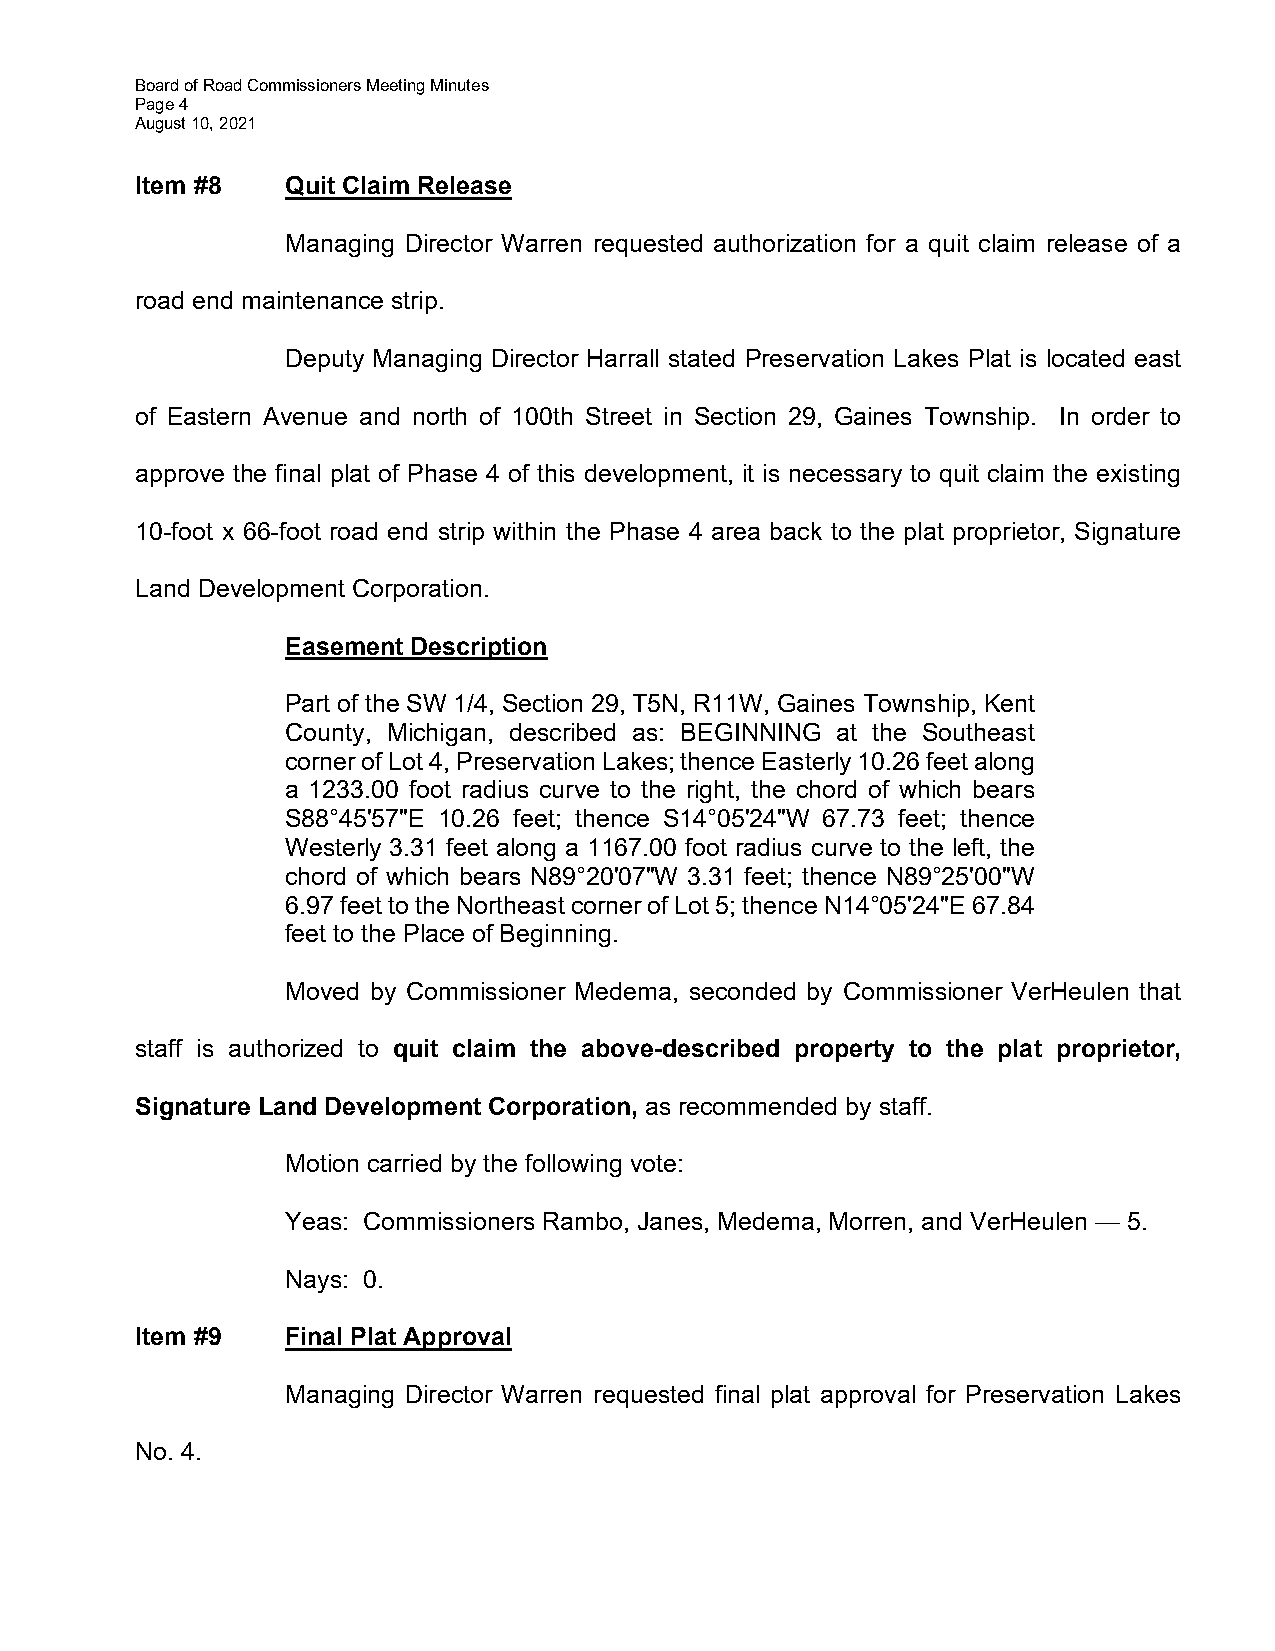
Board of Road Commissioners Meeting Minutes
 Page 4
 August 10, 2021
 Item #8   Quit Claim Release
 Managing Director Warren requested authorization for a quit claim release of a
 road end maintenance strip.
 Deputy Managing Director Harrall stated Preservation Lakes Plat is located east
 of Eastern Avenue and north of 100th Street in Section 29, Gaines Township. In order to
 approve the final plat of Phase 4 of this development, it is necessary to quit claim the existing
 10-foot x 66-foot road end strip within the Phase 4 area back to the plat proprietor, Signature
 Land Development Corporation.
 Easement Description
 Part of the SW 1/4, Section 29, T5N, R11W, Gaines Township, Kent
 County, Michigan, described as: BEGINNING at the Southeast
 corner of Lot 4, Preservation Lakes; thence Easterly 10.26 feet along
 a 1233.00 foot radius curve to the right, the chord of which bears
 S88°45'57"E 10.26 feet; thence S14°05'24"W 67.73 feet; thence
 Westerly 3.31 feet along a 1167.00 foot radius curve to the left, the
 chord of which bears N89°20'07"W 3.31 feet; thence N89°25'00"W
 6.97 feet to the Northeast corner of Lot 5; thence N14°05'24"E 67.84
 feet to the Place of Beginning.
 Moved by Commissioner Medema, seconded by Commissioner VerHeulen that
 staff is authorized to quit claim the above-described property to the plat proprietor,
 Signature Land Development Corporation, as recommended by staff.
 Motion carried by the following vote:
 Yeas: Commissioners Rambo, Janes, Medema, Morren, and VerHeulen — 5.
 Nays: 0.
 Item #9   Final Plat Approval
 Managing Director Warren requested final plat approval for Preservation Lakes
 No. 4.